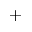
^ +